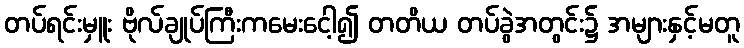
တပ်ရင်းမှူး ဗိုလ်ချုပ်ကြီးကမေးငေါ့၍ တတိယ တပ်ခွဲအတွင်း၌ အများနှင့်မတူ